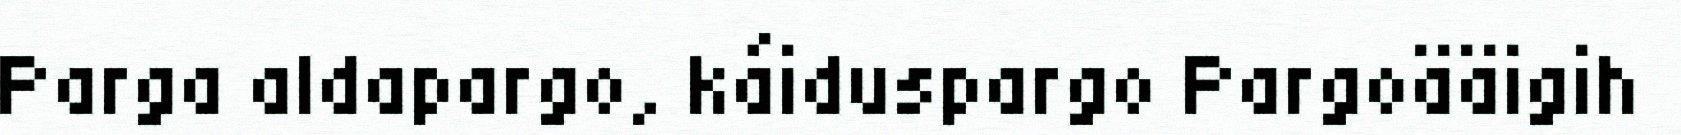
Parga aldapargo, káiduspargo Pargoääigih